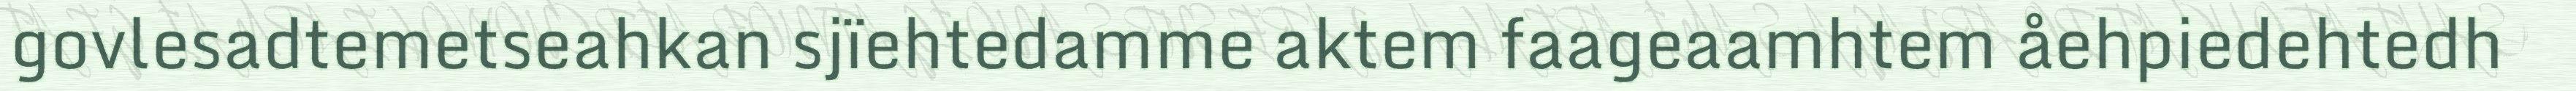
govlesadtemetseahkan sjïehtedamme aktem faageaamhtem åehpiedehtedh